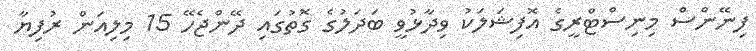
ފިނޭންސް މިނިސްޓްރީގެ އޮފިޝަލަކު ވިދާޅުވީ ބަދަލުގެ ގޮތުގައި ދޭންޖެހޭ 15 މިލިއަން ރުފިޔާ